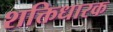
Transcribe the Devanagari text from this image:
शक्तिधारक